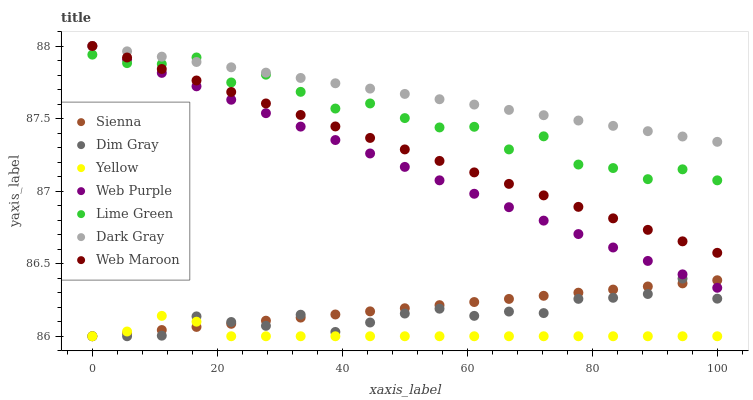
| xaxis_label | Sienna | Dim Gray | Yellow | Web Purple | Lime Green | Dark Gray | Web Maroon |
 | --- | --- | --- | --- | --- | --- | --- | --- |
 | 0 | 86 | 86 | 86 | 88 | 87.9 | 88 | 88 |
 | 5.56 | 86 | 86 | 86 | 87.9 | 87.9 | 88 | 87.9 |
 | 11.1 | 86 | 86 | 86.1 | 87.8 | 87.9 | 87.9 | 87.8 |
 | 16.7 | 86.1 | 86.1 | 86.1 | 87.7 | 87.9 | 87.9 | 87.8 |
 | 22.2 | 86.1 | 86.1 | 86 | 87.6 | 87.7 | 87.9 | 87.7 |
 | 27.8 | 86.1 | 86.1 | 86 | 87.5 | 87.8 | 87.8 | 87.6 |
 | 33.3 | 86.1 | 86.1 | 86 | 87.4 | 87.7 | 87.8 | 87.5 |
 | 38.9 | 86.2 | 86 | 86 | 87.4 | 87.6 | 87.7 | 87.4 |
 | 44.4 | 86.2 | 86.1 | 86 | 87.3 | 87.6 | 87.7 | 87.4 |
 | 50 | 86.2 | 86.2 | 86 | 87.2 | 87.5 | 87.7 | 87.3 |
 | 55.6 | 86.2 | 86.2 | 86 | 87.1 | 87.4 | 87.6 | 87.2 |
 | 61.1 | 86.2 | 86.1 | 86 | 87 | 87.4 | 87.6 | 87.1 |
 | 66.7 | 86.3 | 86.2 | 86 | 86.9 | 87.3 | 87.6 | 87 |
 | 72.2 | 86.3 | 86.2 | 86 | 86.8 | 87.4 | 87.5 | 87 |
 | 77.8 | 86.3 | 86.3 | 86 | 86.7 | 87.2 | 87.5 | 86.9 |
 | 83.3 | 86.3 | 86.3 | 86 | 86.6 | 87.2 | 87.4 | 86.8 |
 | 88.9 | 86.3 | 86.3 | 86 | 86.5 | 87.1 | 87.4 | 86.7 |
 | 94.4 | 86.4 | 86.4 | 86 | 86.4 | 87.2 | 87.4 | 86.7 |
 | 100 | 86.4 | 86.3 | 86 | 86.3 | 87.1 | 87.3 | 86.6 |